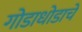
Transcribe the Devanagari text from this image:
गोडाधोडाचे